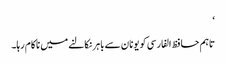
‘
تاہم حافظ الفارسی کو یونان سے باہر نکالنے میں ناکام رہا۔